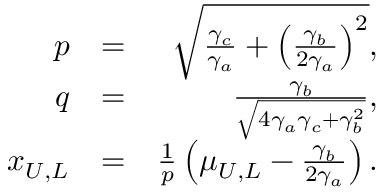
\begin{array} { r l r } { p } & { = } & { \sqrt { \frac { \gamma _ { c } } { \gamma _ { a } } + \left( \frac { \gamma _ { b } } { 2 \gamma _ { a } } \right) ^ { 2 } } , } \\ { q } & { = } & { \frac { \gamma _ { b } } { \sqrt { 4 \gamma _ { a } \gamma _ { c } + \gamma _ { b } ^ { 2 } } } , } \\ { x _ { U , L } } & { = } & { \frac { 1 } { p } \left( \mu _ { U , L } - \frac { \gamma _ { b } } { 2 \gamma _ { a } } \right) . } \end{array}